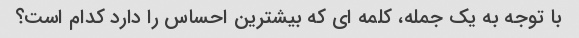
با توجه به یک جمله، کلمه ای که بیشترین احساس را دارد کدام است؟